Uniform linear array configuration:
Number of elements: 8
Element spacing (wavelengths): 0.5
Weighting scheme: kaiser
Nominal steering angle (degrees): -30
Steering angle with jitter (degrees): -31.97
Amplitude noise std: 0.05
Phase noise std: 0.05

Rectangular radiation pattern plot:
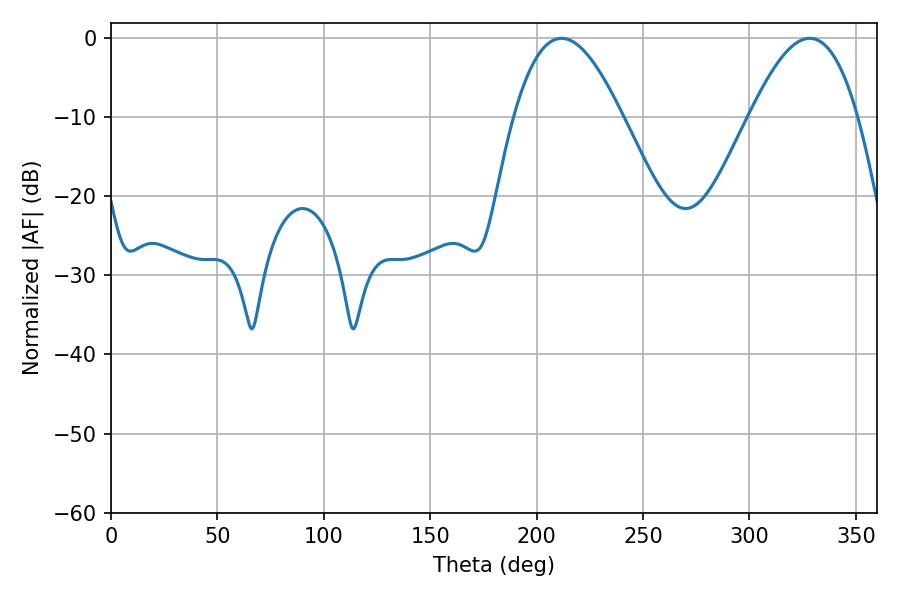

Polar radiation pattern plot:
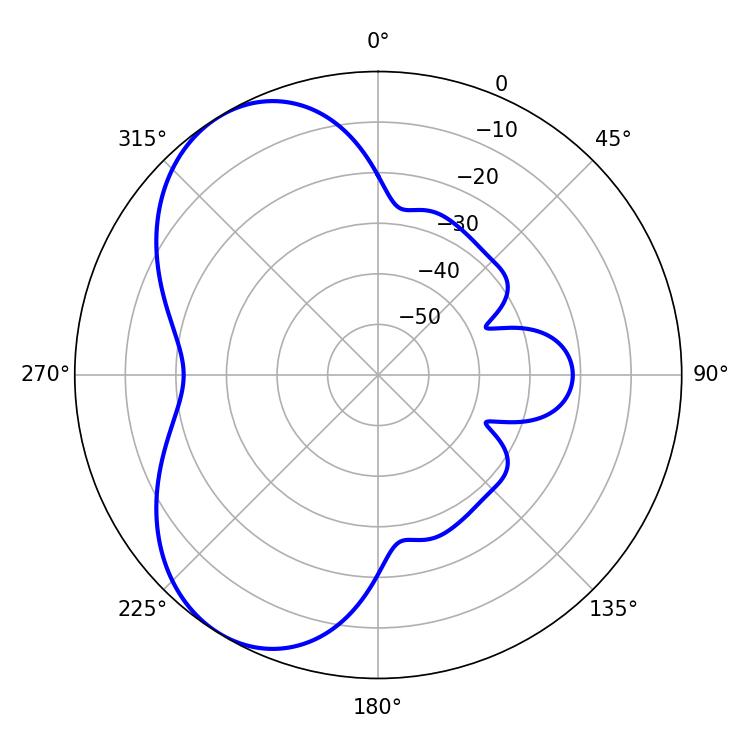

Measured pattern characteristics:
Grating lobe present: FALSE
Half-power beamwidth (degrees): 27.72
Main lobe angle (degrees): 211.68